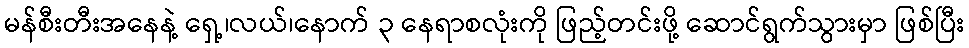
မန်စီးတီးအနေနဲ့ ရှေ့၊လယ်၊နောက် ၃ နေရာစလုံးကို ဖြည့်တင်းဖို့ ဆောင်ရွက်သွားမှာ ဖြစ်ပြီး